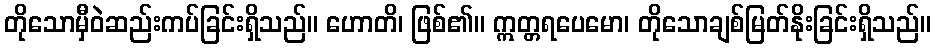
တိုသောမှီဝဲဆည်းကပ်ခြင်းရှိသည်။ ဟောတိ၊ ဖြစ်၏။ ဣတ္တရပေမော၊ တိုသောချစ်မြတ်နိုးခြင်းရှိသည်။